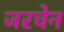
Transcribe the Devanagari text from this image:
जरचेन